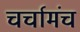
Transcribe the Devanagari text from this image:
चर्चामंच